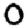
Digit: 0